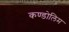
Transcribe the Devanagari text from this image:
कण्डोलिम